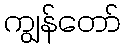
ကျွန်တော်